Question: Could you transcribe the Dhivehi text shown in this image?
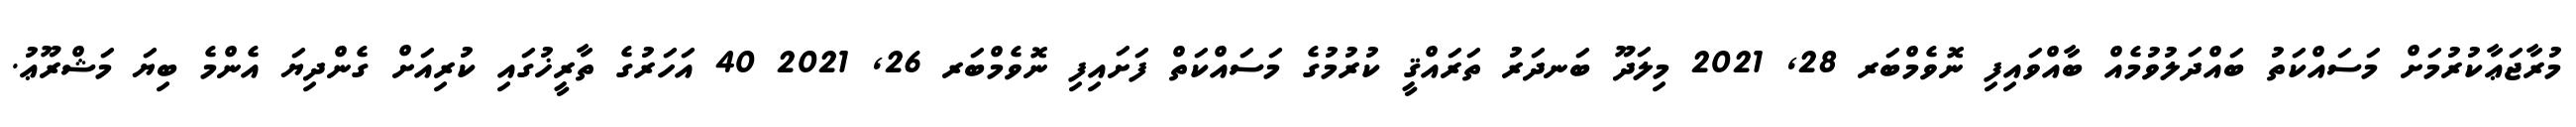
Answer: މުރާޖަޢާކުރުމަށް މަސައްކަތު ބައްދަލުވުމެއް ބާއްވައިފި ނޮވެމްބަރ 28, 2021 މިލަދޫ ބަނދަރު ތަރައްޤީ ކުރުމުގެ މަސައްކަތް ފަށައިފި ނޮވެމްބަރ 26, 2021 40 އަހަރުގެ ތާރީޚުގައި ކުރިއަށް ގެންދިޔަ އެންމެ ބިޔަ މަޝްރޫޢު.